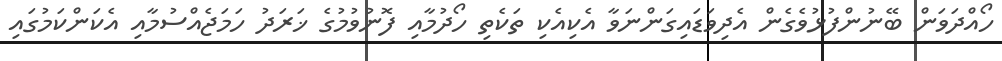
ހޯއްދަވަން ބޭނުންފުޅުވެގެން އެދިވަޑައިގަންނަވާ އެކިއެކި ތަކެތި ހޯދުމާއި ފޮނުވުމުގެ ޚަރަދު ހަމަޖެއްސުމާއި އެކަންކަމުގައި